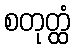
စတုတ္ထံ